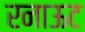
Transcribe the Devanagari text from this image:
रनाऊट